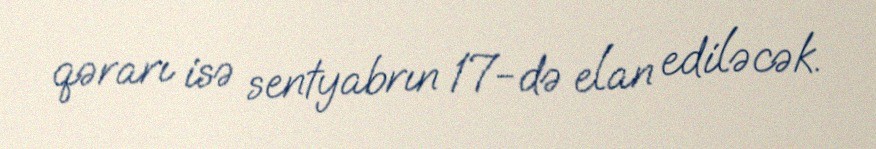
qərarı isə sentyabrın 17-də elan ediləcək.